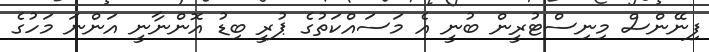
ފިނޭންސް މިނިސްޓުރީން ބުނީ އެ މަސައްކަތުގެ ޕުރީ ބިޑު އޮންނާނީ އަންނަ މަހުގެ